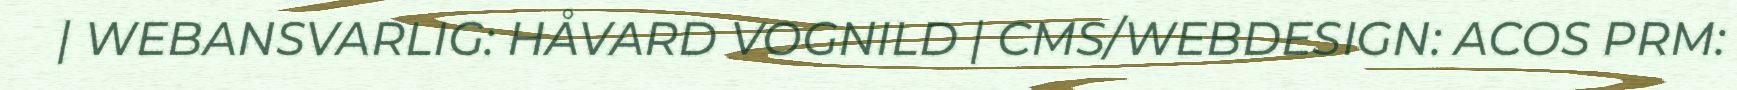
| WEBANSVARLIG: HÅVARD VOGNILD | CMS/WEBDESIGN: ACOS PRM: